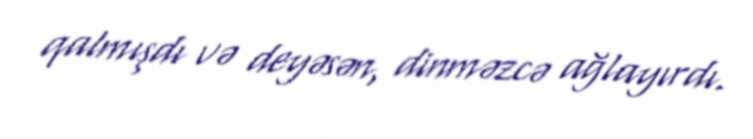
qalmışdı və deyəsən, dinməzcə ağlayırdı.